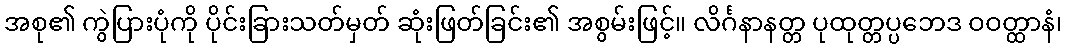
အစု၏ ကွဲပြားပုံကို ပိုင်းခြားသတ်မှတ် ဆုံးဖြတ်ခြင်း၏ အစွမ်းဖြင့်။ လိင်္ဂနာနတ္တ ပုထုတ္တပ္ပဘေဒ ဝဝတ္ထာနံ၊